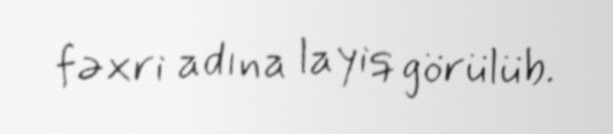
fəxri adına layiq görülüb.